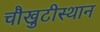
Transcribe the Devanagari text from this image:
चौखुटीस्थान